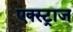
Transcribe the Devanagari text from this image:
एक्स्ट्राज